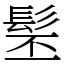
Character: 髬